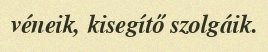
véneik, kisegítő szolgáik.